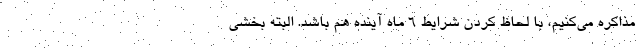
مذاکره می‌کنیم، با لحاظ کردن شرایط ۶ ماه آینده هم باشد. البته بخشی